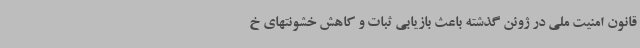
قانون امنیت ملی در ژوئن گذشته باعث بازیابی ثبات و کاهش خشونتهای خ